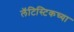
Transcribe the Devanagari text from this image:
लॅटिस्टिकच्या